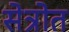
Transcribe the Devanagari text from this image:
सेत्रोत